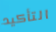
التأكيد